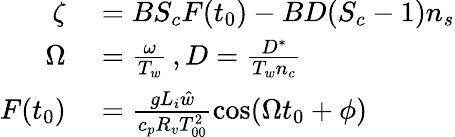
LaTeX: \begin{array}{rl}{\zeta}&{{}=BS_{c}F(t_{0})-BD(S_{c}-1)n_{s}}\\ {\Omega}&{{}=\frac{\omega}{T_{w}}\, ,D=\frac{D^{*}}{T_{w}n_{c}}}\\ {F(t_{0})}&{{}=\frac{gL_{i}\hat{w}}{c_{p}R_{v}T_{00}^{2}}\cos(\Omega t_{0}+\phi)}\end{array}